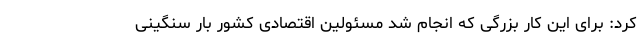
کرد: برای این کار بزرگی که انجام شد مسئولین اقتصادی کشور بار سنگینی